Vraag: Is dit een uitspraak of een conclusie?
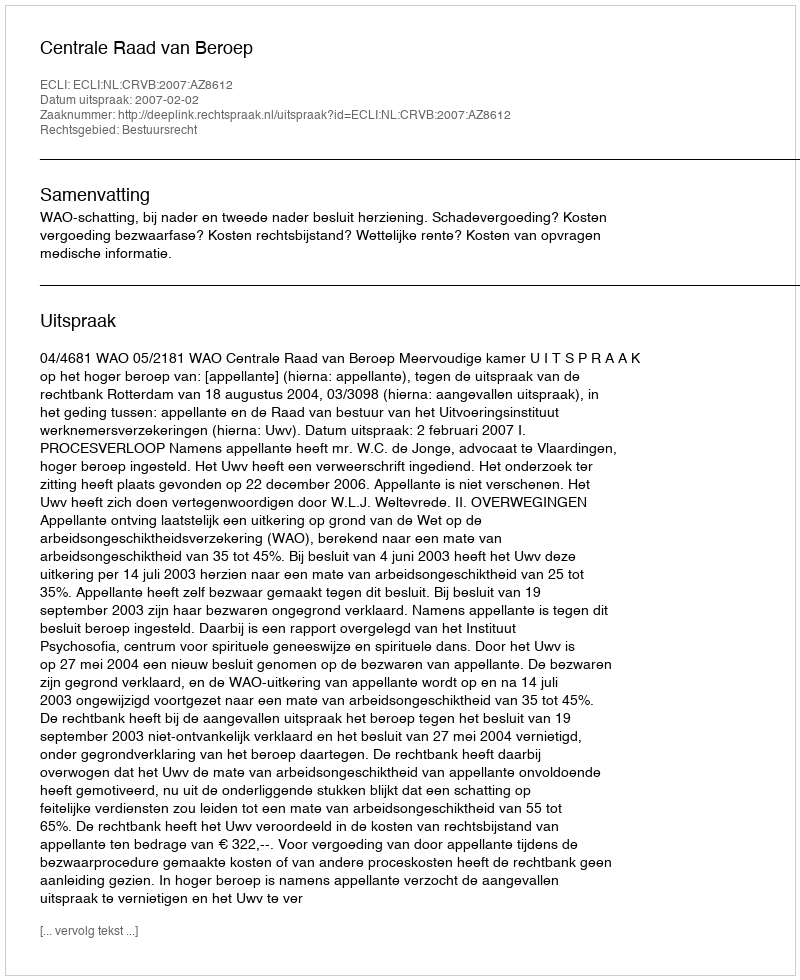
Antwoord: Uitspraak